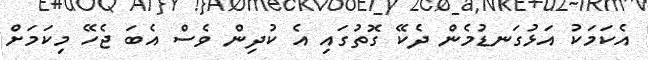
އެކަމަކު އަޅުގަނޑުމެން ދެކޭ ގޮތުގައި އެ ކުދިން ވެސް އެބަ ޖެހޭ މިކަމަށް